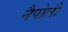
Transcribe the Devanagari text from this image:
नैपोली